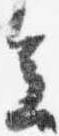
会